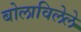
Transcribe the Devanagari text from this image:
बोलाविलेले